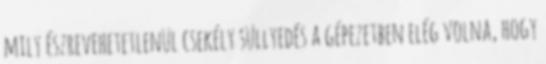
mily észrevehetetlenül csekély süllyedés a gépezetben elég volna, hogy